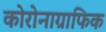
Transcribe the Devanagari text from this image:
कोरोनाग्राफिक